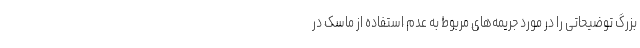
بزرگ توضیحاتی را در مورد جریمه‌های مربوط به عدم استفاده از ماسک در